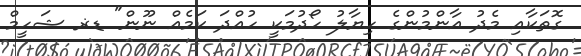
ގޮތަކާއި މެދު އާންމުންގެ ހިޔާލު ހޯދުމަކީ ހުއްދަ ކަމެއް ނޫން" ޑޜ ޝަހީމް